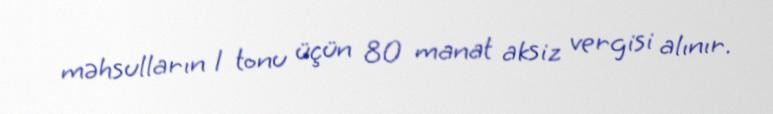
məhsulların 1 tonu üçün 80 manat aksiz vergisi alınır.